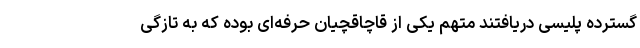
گسترده پلیسی دریافتند متهم یکی از قاچاقچیان حرفه‌ای بوده که به تازگی